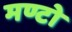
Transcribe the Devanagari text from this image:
मण्टो